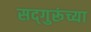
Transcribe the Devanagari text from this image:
सद्‍गुरूंच्या